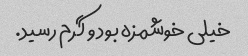
خیلی خوشمزه بود و گرم رسید.